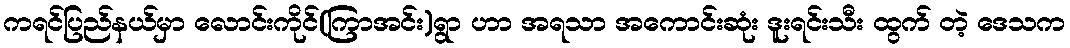
ကရင်ပြည်နယ်မှာ လောင်းကိုင်(ကြာအင်း)ရွာ ဟာ အရသာ အကောင်းဆုံး ဒူးရင်းသီး ထွက် တဲ့ ဒေသက